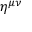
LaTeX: \eta ^ { \mu \nu }